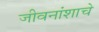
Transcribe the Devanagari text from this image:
जीवनांशाचे